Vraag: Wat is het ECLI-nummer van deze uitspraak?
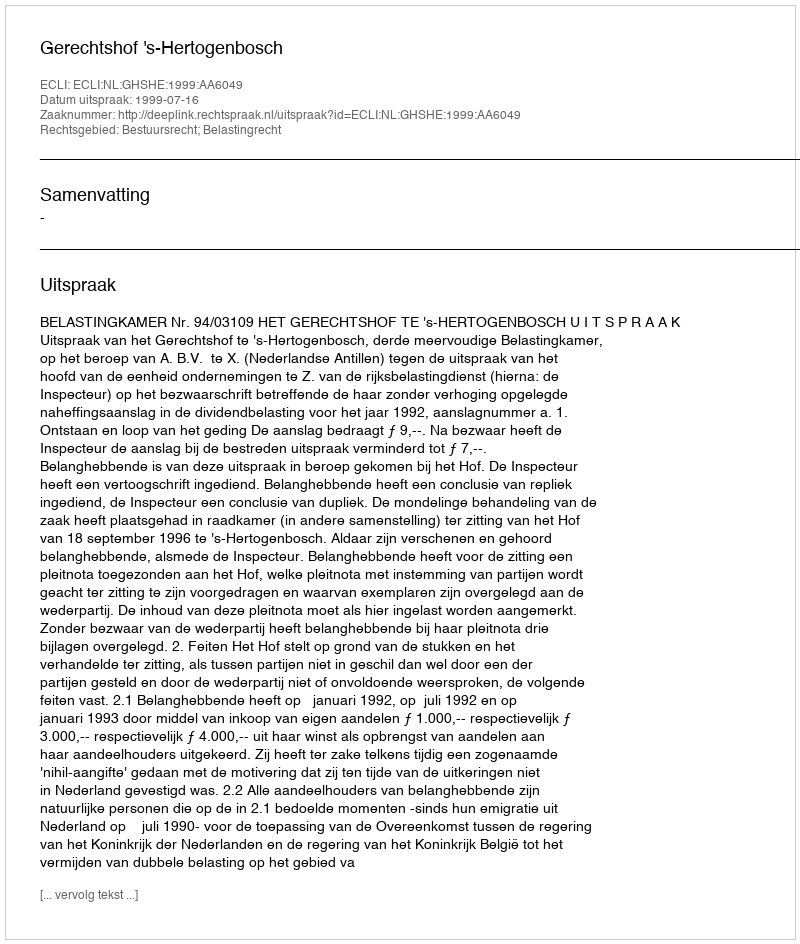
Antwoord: ECLI:NL:GHSHE:1999:AA6049